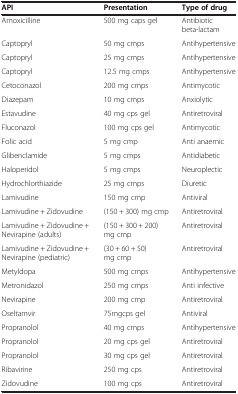
<table><thead><tr><td><b>API</b></td><td><b>Presentation</b></td><td><b>Type of drug</b></td></tr></thead><tbody><tr><td>Amoxicilline</td><td>500 mg caps gel</td><td>Antibiotic beta-lactam</td></tr><tr><td>Captopryl</td><td>50 mg cmps</td><td>Antihypertensive</td></tr><tr><td>Captopryl</td><td>25 mg cmps</td><td>Antihypertensive</td></tr><tr><td>Captopryl</td><td>12.5 mg cmps</td><td>Antihypertensive</td></tr><tr><td>Cetoconazol</td><td>200 mg cmps</td><td>Antimycotic</td></tr><tr><td>Diazepam</td><td>10 mg cmps</td><td>Anxiolytic</td></tr><tr><td>Estavudine</td><td>40 mg cps gel</td><td>Antiretroviral</td></tr><tr><td>Fluconazol</td><td>100 mg cps gel</td><td>Antimycotic</td></tr><tr><td>Folic acid</td><td>5 mg cmp</td><td>Anti anaemic</td></tr><tr><td>Glibenclamide</td><td>5 mg cmps</td><td>Antidiabetic</td></tr><tr><td>Haloperidol</td><td>5 mg cmps</td><td>Neuroplectic</td></tr><tr><td>Hydrochlorthiazide</td><td>25 mg cmps</td><td>Diuretic</td></tr><tr><td>Lamivudine</td><td>150 mg cmp</td><td>Antiviral</td></tr><tr><td>Lamivudine + Zidovudine</td><td>(150 + 300) mg cmp</td><td>Antiretroviral</td></tr><tr><td>Lamivudine + Zidovudine + Nevirapine (adults)</td><td>(150 + 300 + 200) mg cmp</td><td>Antiretroviral</td></tr><tr><td>Lamivudine + Zidovudine + Nevirapine (pediatric)</td><td>(30 + 60 + 50) mg cmp</td><td>Antiretroviral</td></tr><tr><td>Metyldopa</td><td>500 mg cmps</td><td>Antihypertensive</td></tr><tr><td>Metronidazol</td><td>250 mg cmps</td><td>Anti infective</td></tr><tr><td>Nevirapine</td><td>200 mg cmp</td><td>Antiretroviral</td></tr><tr><td>Oseltamvir</td><td>75mgcps gel</td><td>Antiviral</td></tr><tr><td>Propranolol</td><td>40 mg cmps</td><td>Antihypertensive</td></tr><tr><td>Propranolol</td><td>20 mg cps gel</td><td>Antiretroviral</td></tr><tr><td>Propranolol</td><td>30 mg cps gel</td><td>Antiretroviral</td></tr><tr><td>Ribavirine</td><td>250 mg cps</td><td>Antiretroviral</td></tr><tr><td>Zidovudine</td><td>100 mg cps</td><td>Antiretroviral</td></tr></tbody></table>